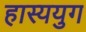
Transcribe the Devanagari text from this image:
हास्ययुग